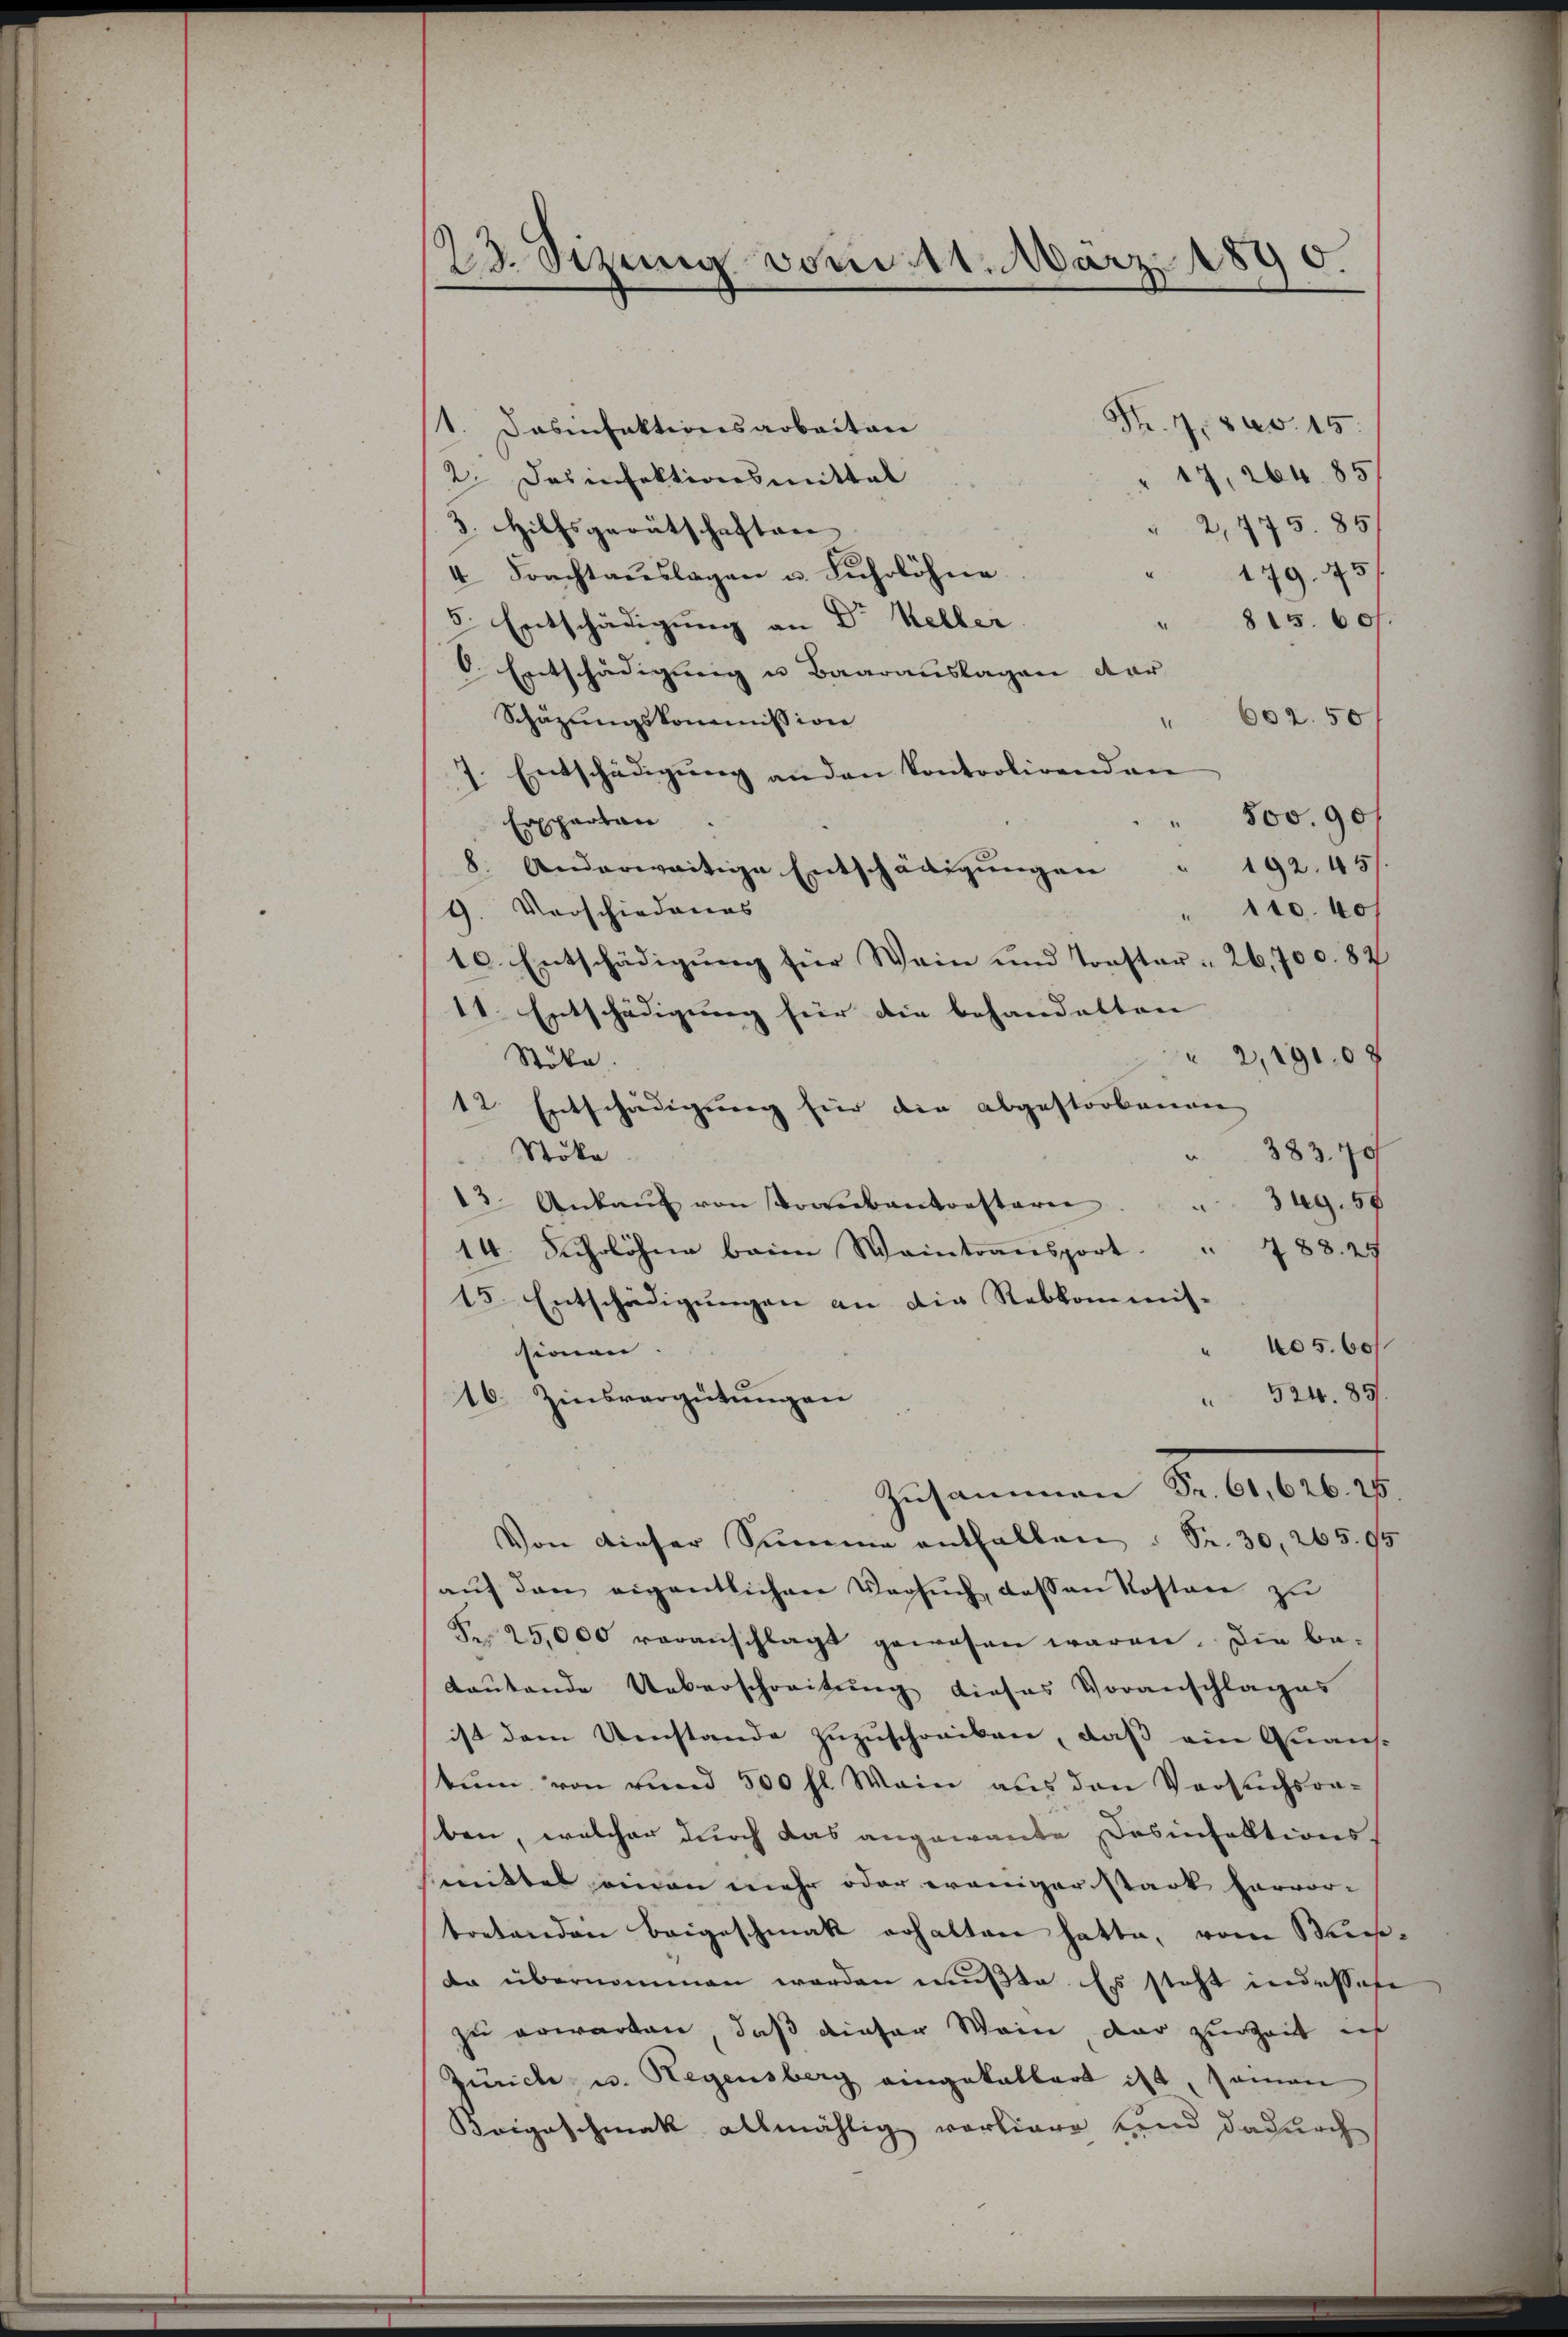
23. Sizung vom 11. März 1890.

Nr. 4, Sav. 15.
1. Dasinfektionsarbeiten
17, 264. 85
2. Das infektionsmittal
3. Hilfsgerätschaften |
" 2,475. 85/
4 Frachtaŭslagen u. Lŭhrlöhne
179. 451
8. Entschädigung an Dr Keller.
815. 607.
O. Entschädigung u Baarauslagen dar
Schäzungskommission
" 602. 50
7. Entschädigung anden kontrolirend an
500. 901
Ersparten.
8. Anderweitige Entschädigŭngen " 192. 45
9. Vorschiedenes
" 110. 40
10. Entschädigung für Wein und Torster- 26,700. 82
11. Entschädigung für die behandelten |
 2, 1910 x
Stöka.
12 Entschädigung für die abgestorbenen
Stöka
383,70
3ug. 58
13. Ankaŭf von Popubantonstarer
.
 488. 24
14. Fuhrlöhne beim Weintransport.
15. Entschädigungen an die Rebkommis-
405. 60
sionen |
 524. 85.
16. Zinsvergütŭngen
Zusammen d. 6. 120 f
Von dieser Summe enthalten : S. 30, 265. 95
aŭf den eigentlichen Versŭch, dessen Kosten zu
 25,000 veranschlagt gewesen waren. Die be-
Lautende Ueberschreitung dieses Voranschlages
ist dem Umstande zuzuschreiben, daß ein Quans-
kum von rund 500 fl. Wein aus den Versuchsra-
ben, welcher durch das angewante Dosinfektionsmittel einen mehr oder weniger stark hervor- |
tretenden Beigeschmak erhalten hatte, vom Mesdr übernommen werden mußte. Es steht indessere
zu erwarten, daß dieser Weine, der zur Zeit in
Zürche u. Hegensberg eingekalbert ist, seinen
Keigaschmak allmählig vorliere sind dadurch